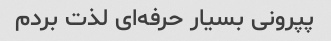
پپرونی بسیار حرفه‌ای لذت بردم